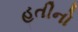
હતીનો